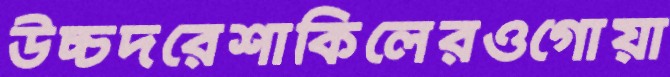
উচ্চদরেশাকিলেরওগোয়া